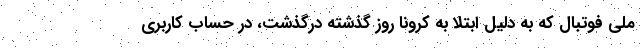
ملی فوتبال که به دلیل ابتلا به کرونا روز گذشته درگذشت، در حساب کاربری